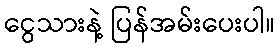
ငွေသားနဲ့ ပြန်အမ်းပေးပါ။